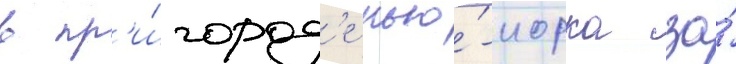
в пр'и́город'е нью́-иорка за́